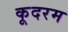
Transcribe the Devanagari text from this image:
कूदरम